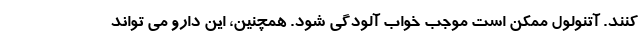
کنند. آتنولول ممکن است موجب خواب آلودگی شود. همچنین، این دارو می تواند